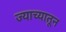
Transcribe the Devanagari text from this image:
ज्याच्यातून